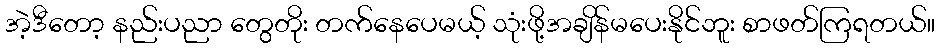
အဲ့ဒီတော့ နည်းပညာ တွေတိုး တက်နေပေမယ့် သုံးဖို့အချိန်မပေးနိုင်ဘူး စာဖတ်ကြရတယ်။